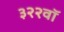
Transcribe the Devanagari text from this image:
३२२वॉ